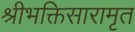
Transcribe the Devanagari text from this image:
श्रीभक्तिसारामृत